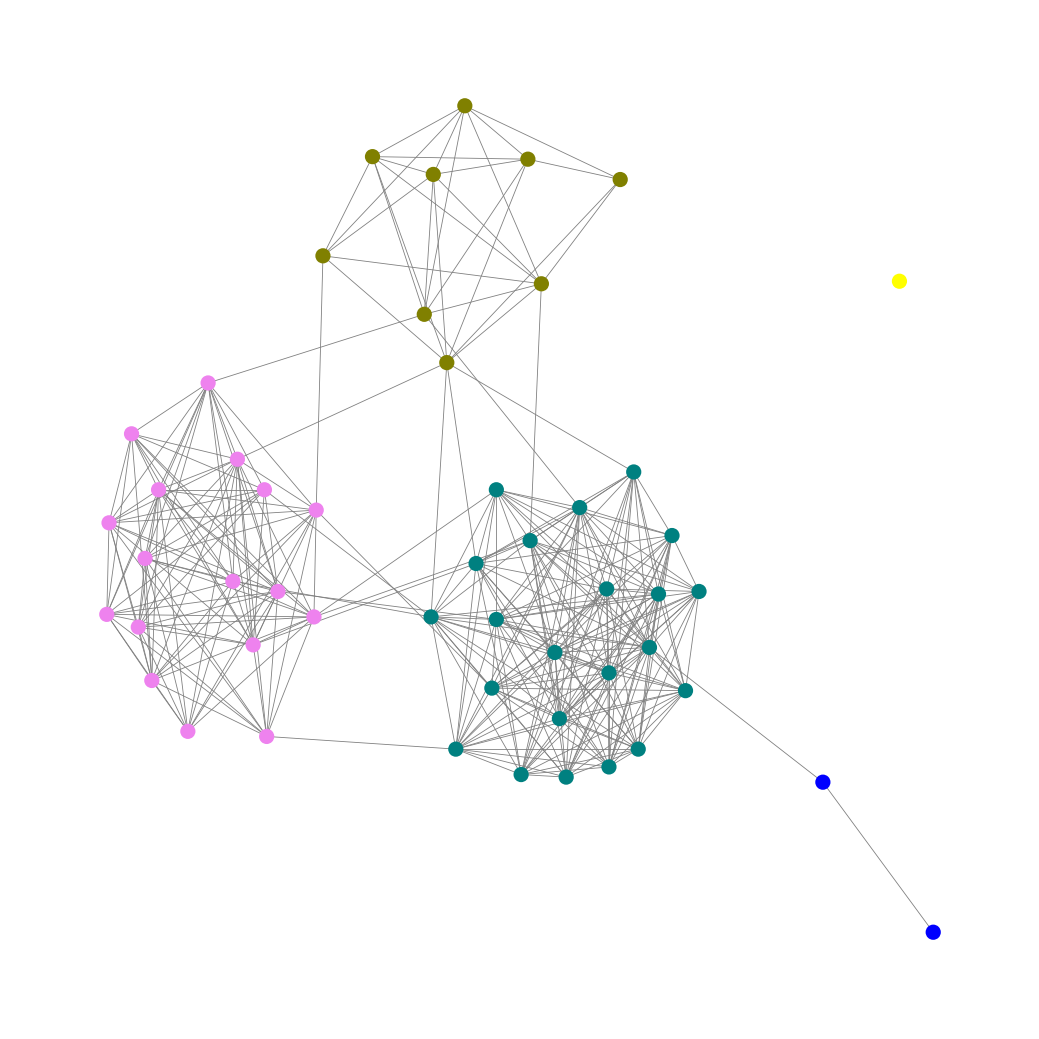
Graph connected: No
Number of connected components: 2
Number of singletons: 1
Total number of nodes: 51
Total number of edges: 323
Number of communities: 5
Community sizes:
Blue: 2
Olive: 9
Teal: 22
Violet: 17
Yellow: 1
Graph layout: tda
Graph generation method: erdos_renyi